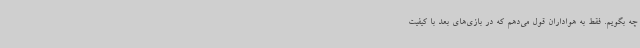
چه بگویم. فقط به هواداران قول می‌دهم که در بازی‌های بعد با کیفیت